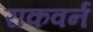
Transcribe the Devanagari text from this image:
राकवर्न